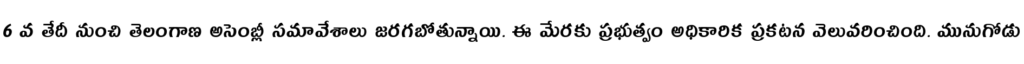
6 వ తేదీ నుంచి తెలంగాణ అసెంబ్లీ సమావేశాలు జరగబోతున్నాయి. ఈ మేరకు ప్రభుత్వం అధికారిక ప్రకటన వెలువరించింది. మునుగోడు